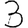
Digit: 3